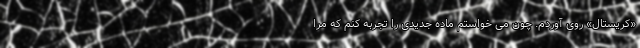
«کریستال» روی آوردم. چون می خواستم ماده جدیدی را تجربه کنم که مرا